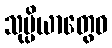
သုပ္ပိယာတွေဝ